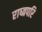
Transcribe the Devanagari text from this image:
राष्त्रपरि